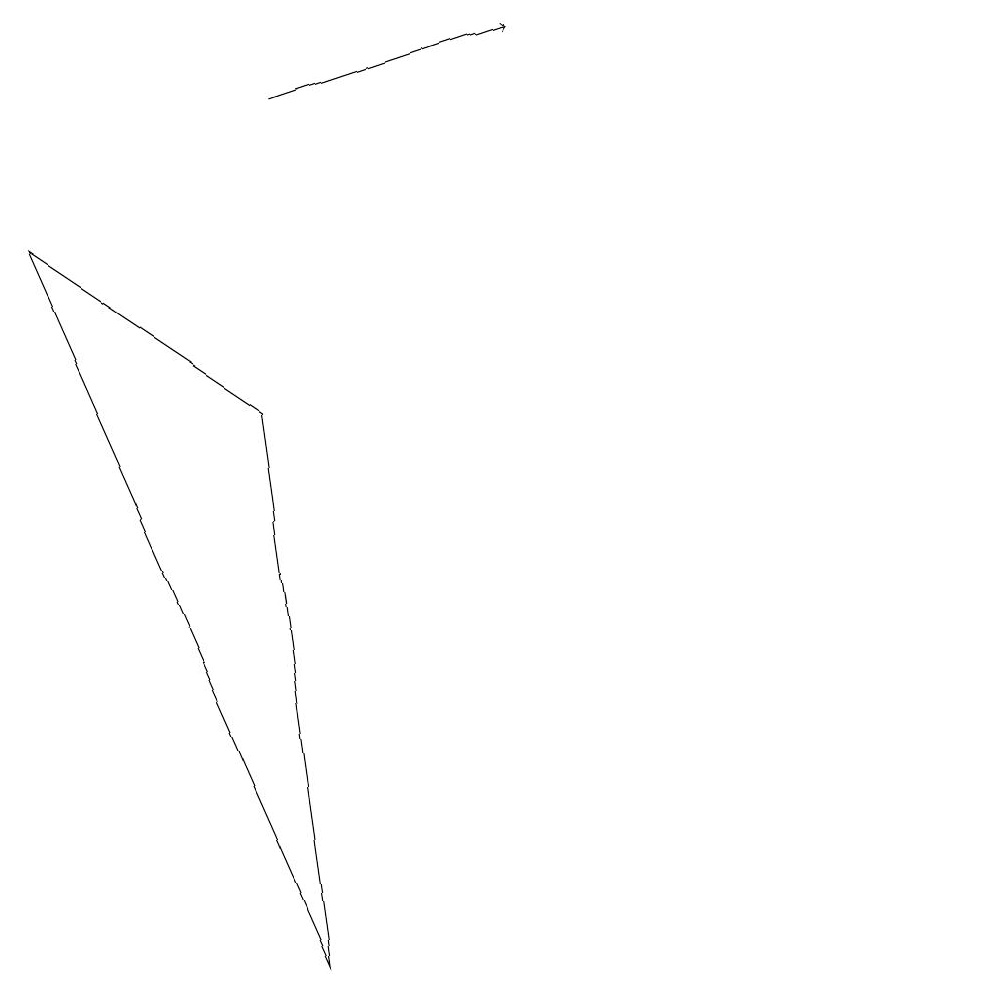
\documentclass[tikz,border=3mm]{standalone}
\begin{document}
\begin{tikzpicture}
\draw (12,11) circle (0);
\draw[->] (3,11) -- (6,12);
\draw (0,9) -- (4,0) -- (3,7) -- cycle;
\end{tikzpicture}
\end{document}